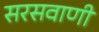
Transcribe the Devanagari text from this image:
सरसवाणी